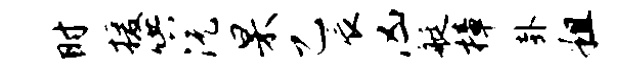
时援哄沅杲乙辰凶艇樟卦粗